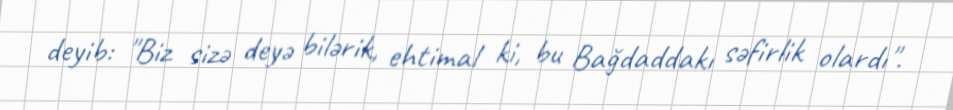
deyib: "Biz sizə deyə bilərik, ehtimal ki, bu Bağdaddakı səfirlik olardı".